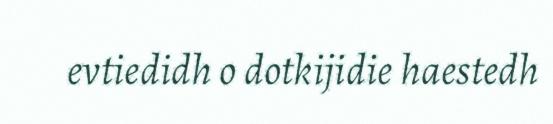
evtiedidh o dotkijidie haestedh